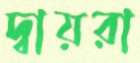
দ্বায়রা